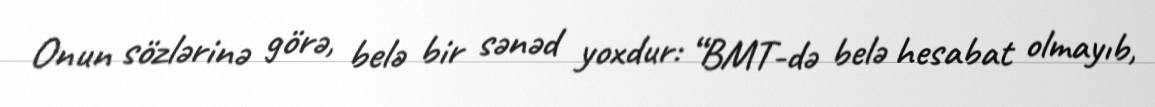
Onun sözlərinə görə, belə bir sənəd yoxdur: “BMT-də belə hesabat olmayıb,